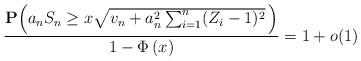
LaTeX: \begin{align*} \frac{\mathbf{P}\Big( a_n S_n \geq x \sqrt{v_n +a_n^2 \sum_{i=1}^n (Z_i-1)^2 } \, \Big)}{1-\Phi \left( x\right)}=1+o(1)\end{align*}